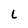
Character: L